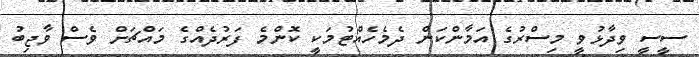
ސީސީ ވިދާޅުވީ މިސްރުގެ އަމާންކަން ދެމެހެއްޓުމަކީ ކޮންމެ ފަރުދެއްގެ މައްޗަށް ވެސް ވާޖިބު